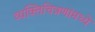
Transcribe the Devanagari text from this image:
व्यक्तिचित्रणांमध्ये